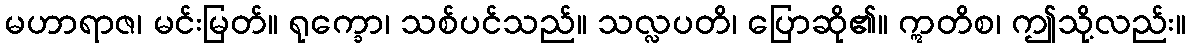
မဟာရာဇ၊ မင်းမြတ်။ ရုက္ခော၊ သစ်ပင်သည်။ သလ္လပတိ၊ ပြောဆို၏။ ဣတိစ၊ ဤသို့လည်း။